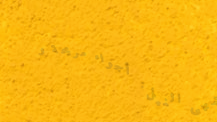
مقهى النيل: أجواء مريحة و